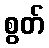
စွတ်